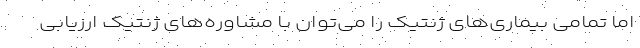
اما تمامی بیماری‌های ژنتیک را می‌توان با مشاوره‌های ژنتیک ارزیابی